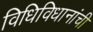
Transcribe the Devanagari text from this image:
विधिविधानांची